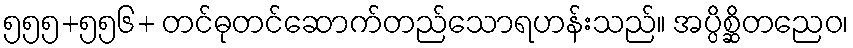
၅၅၅+၅၅၆+ တင်ဓုတင်ဆောက်တည်သောရဟန်းသည်။ အပ္ပိစ္ဆိတညေဝ၊